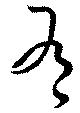
有